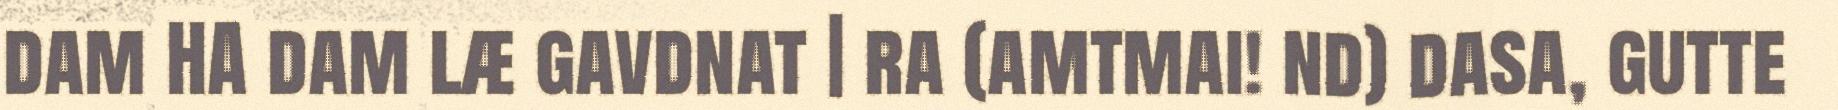
dam HA dam læ gavdnat | ra (amtmai! nd) dasa, gutte